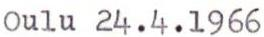
Oulu 24.4.1966